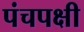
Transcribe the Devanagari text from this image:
पंचपक्षी